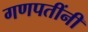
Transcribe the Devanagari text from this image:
गणपतींनी